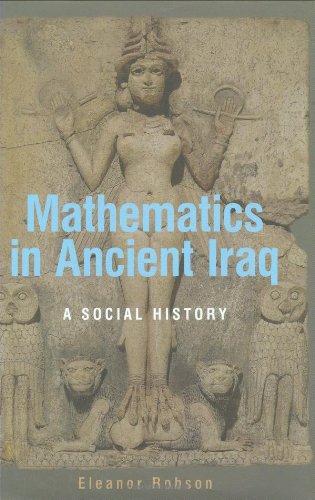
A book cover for Mathematics in Ancient Iraq: A Social History; Eleanor Robson; History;